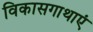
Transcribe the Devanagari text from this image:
विकासगाथाएं